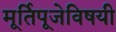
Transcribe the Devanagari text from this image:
मूर्तिपूजेविषयी